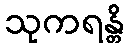
သုကရန္တိ